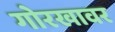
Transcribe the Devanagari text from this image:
गोरखावर